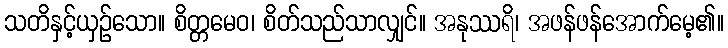
သတိနှင့်ယှဉ်သော။ စိတ္တမေဝ၊ စိတ်သည်သာလျှင်။ အနုဿရိ၊ အဖန်ဖန်အောက်မေ့၏။